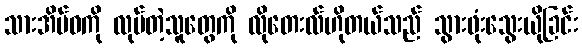
သားအိမ်ဝကို လုပ်တဲ့သူတွေကို လိုတေးလ်ဟိုတယ်သည် သွားဖုံးသွေးယိုခြင်း